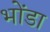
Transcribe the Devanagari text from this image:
भोंडा